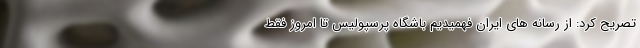
تصریح کرد: از رسانه های ایران فهمیدیم باشگاه پرسپولیس تا امروز فقط